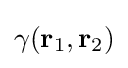
\gamma (\mathbf {r} _{1},\mathbf {r} _{2})